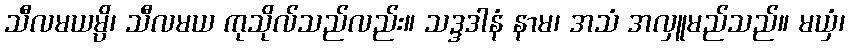
သီလမယမ္ပိ၊ သီလမယ ကုသိုလ်သည်လည်း။ သဒ္ဒဒါနံ နာမ၊ အသံ အလှူမည်သည်။ မယှံ၊